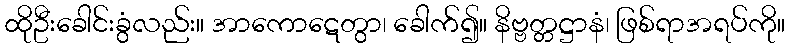
ထိုဦးခေါင်းခွံလည်း။ အာကောဋေတွာ၊ ခေါက်၍။ နိဗ္ဗတ္တဋ္ဌာနံ၊ ဖြစ်ရာအရပ်ကို။